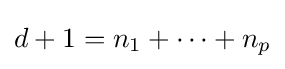
d+1=n_{1}+\cdots +n_{p}